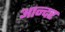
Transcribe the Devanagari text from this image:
आन्दर